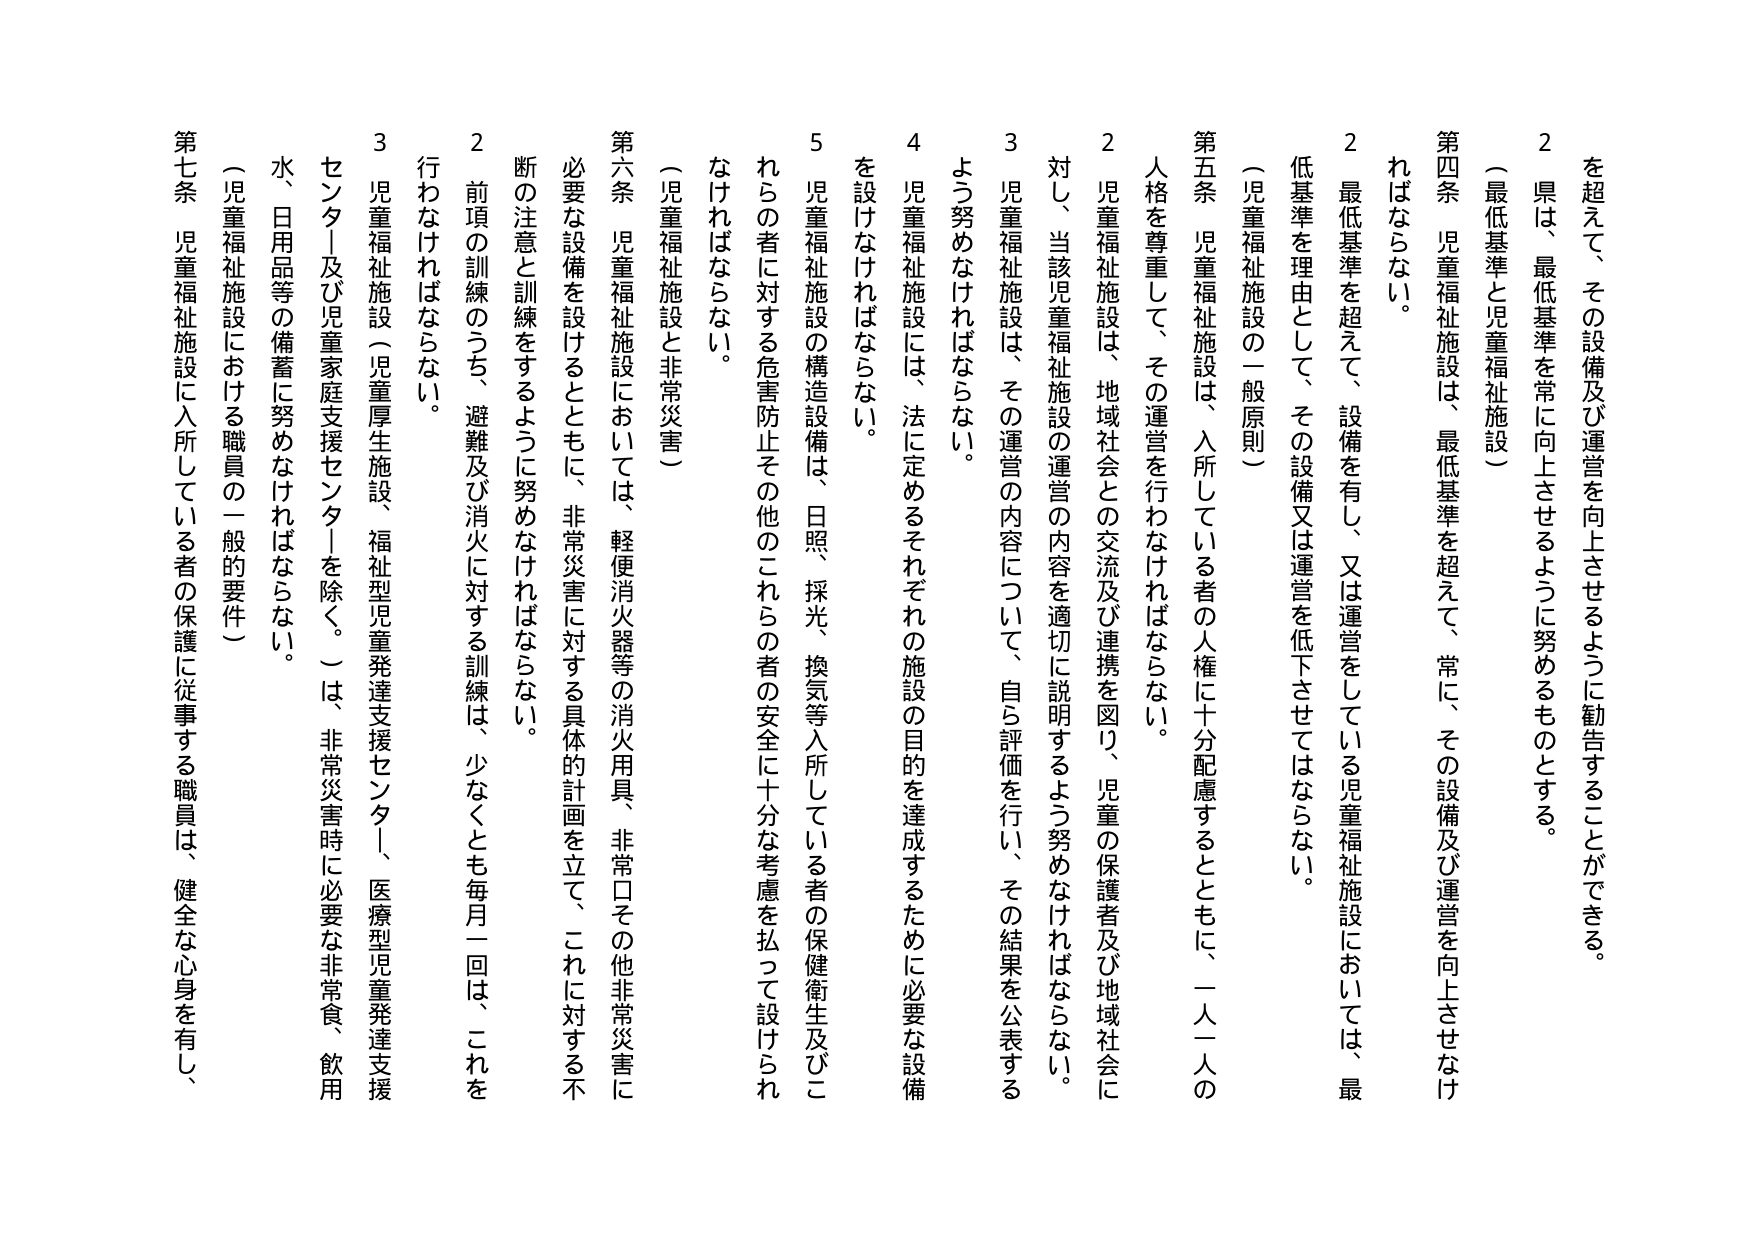
2 県は、最低基準を常に向上させるように努めるものとする。
（最低基準と児童福祉施設）
第四条 児童福祉施設は、最低基準を超えて、常に、その設備及び運営を向上させなければならない。
2 最低基準を超えて、設備を有し、又は運営をしている児童福祉施設においては、最低基準を理由として、その設備又は運営を低下させてはならない。
（児童福祉施設の一般原則）
第五条 児童福祉施設は、入所している者の人権に十分配慮するとともに、一人一人の人格を尊重して、その運営を行わなければならない。
2 児童福祉施設は、地域社会との交流及び連携を図り、児童の保護者及び地域社会に対し、当該児童福祉施設の運営の内容を適切に説明するよう努めなければならない。
3 児童福祉施設は、その運営の内容について、自ら評価を行い、その結果を公表するよう努めなければならない。
4 児童福祉施設には、法に定めるそれぞれの施設の目的を達成するために必要な設備を設けなければならない。
5 児童福祉施設の構造設備は、日照、採光、換気等入所している者の保健衛生及びこれらの者に対する危害防止その他のこれらの者の安全に十分な考慮を払って設けられなければならない。
（児童福祉施設と非常災害）
第六条 児童福祉施設においては、軽便消火器等の消火用具、非常口その他非常災害に必要な設備を設けるとともに、非常災害に対する具体的計画を立て、これに対する不断の注意と訓練をするように努めなければならない。
2 前項の訓練のうち、避難及び消火に対する訓練は、少なくとも毎月一回は、これを行わなければならない。
3 児童福祉施設（児童厚生施設、福祉型児童発達支援センター、医療型児童発達支援センター及び児童家庭支援センターを除く。）は、非常災害時に必要な非常食、飲用水、日用品等の備蓄に努めなければならない。
（児童福祉施設における職員の一般的要件）
第七条 児童福祉施設に入所している者の保護に従事する職員は、健全な心身を有し、